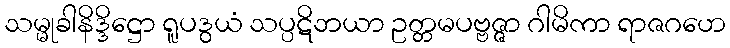
သမ္မုခါနိဒ္ဒိဋ္ဌော ရူပဒွယံ သပ္ပဋိဘယာ ဥတ္တမပဗ္ဗဇ္ဇာ ဂါမိကာ ရာဇဂဟေ